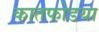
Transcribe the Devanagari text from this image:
कातफोडया